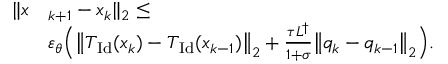
\begin{array} { r l } { \| x } & { _ { k + 1 } - x _ { k } \| _ { 2 } \leq } \\ & { \varepsilon _ { \theta } \Bigl ( \bigl \| T _ { \mathrm { I d } } ( x _ { k } ) - T _ { \mathrm { I d } } ( x _ { k - 1 } ) \bigr \| _ { 2 } + \frac { \tau L ^ { \dagger } } { 1 + \sigma } \bigl \| q _ { k } - q _ { k - 1 } \bigr \| _ { 2 } \Bigr ) . } \end{array}